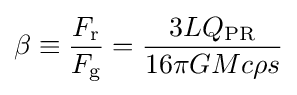
\beta \equiv {\frac {F_{\text{r}}}{F_{\text{g}}}}={\frac {3LQ_{\text{PR}}}{16\pi GMc\rho s}}